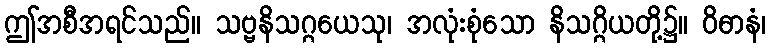
ဤအစီအရင်သည်။ သဗ္ဗနိသဂ္ဂယေသု၊ အလုံးစုံသော နိသဂ္ဂိယတို့၌။ ဝိဓာနံ၊